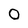
Character: 0